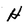
Character: H